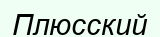
Плюсский